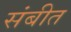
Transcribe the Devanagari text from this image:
संबीत